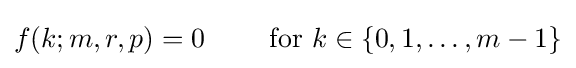
f(k;m,r,p)=0\qquad {\text{ for }}k\in \{0,1,\ldots ,m-1\}